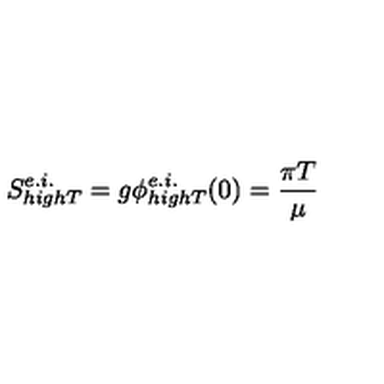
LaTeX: S _ { h i g h T } ^ { e . i . } = g \phi _ { h i g h T } ^ { e . i . } ( 0 ) = \frac { \pi T } { \mu }